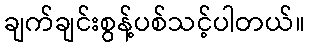
ချက်ချင်းစွန့်ပစ်သင့်ပါတယ်။